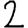
Digit: 2